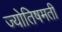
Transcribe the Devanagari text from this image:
ज्योतिषमती